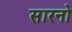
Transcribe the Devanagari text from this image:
सारनो